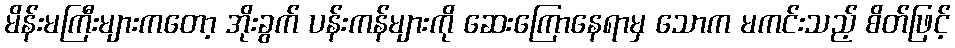
မိန်းမကြီးများကတော့ အိုးခွက် ပန်းကန်များကို ဆေးကြောနေရာမှ သောက မကင်းသည့် စိတ်ဖြင့်